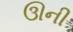
ઊની